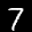
Label: 7